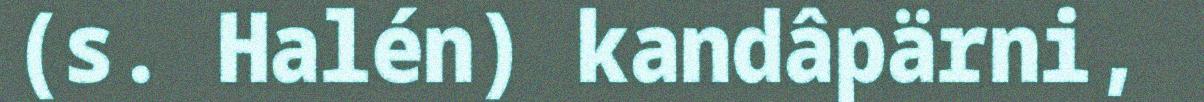
(s. Halén) kandâpärni,